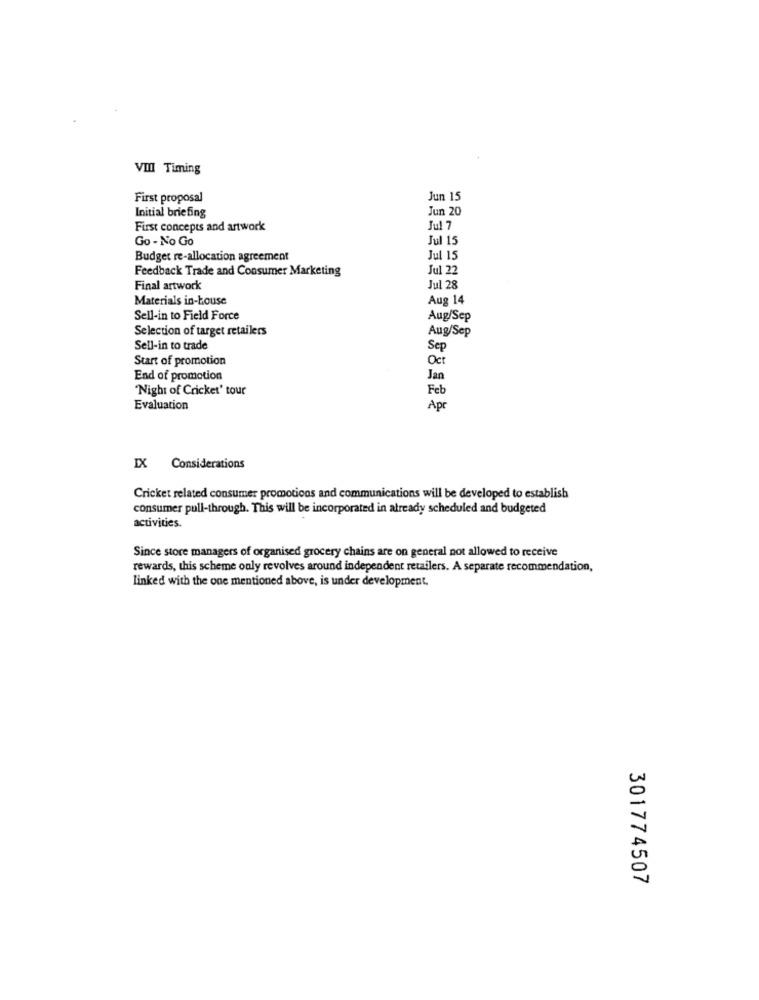
VIII Timing
First proposal
Jun 15
Jun 20
Initial briefing
First concepts and artwork
Jul 7
Go - No Go
Jul 15
Budget re-allocation agreement
Jul 15
Feedback Trade and Consumer Marketing
Jul 22
Final artwork
Jul 28
Materials in-house
Aug 14
Sell-in to Field Force
Aug/Sep
Selection of target retailers
Aug/Sep
Sell-in to trade
Sep
Start of promotion
Oct
End of promotion
Jan
"Night of Cricket' tour
Feb
Evaluation
Apr
IX Considerations
Cricket related consumer promotions and communications will be developed to establish
consumer pull-through. This will be incorporated in already scheduled and budgeted
activities.
Since store managers of organised grocery chains are on general not allowed to receive
rewards, this scheme only revolves around independent retailers. A separate recommendation,
linked with the one mentioned above, is under development.
301774507